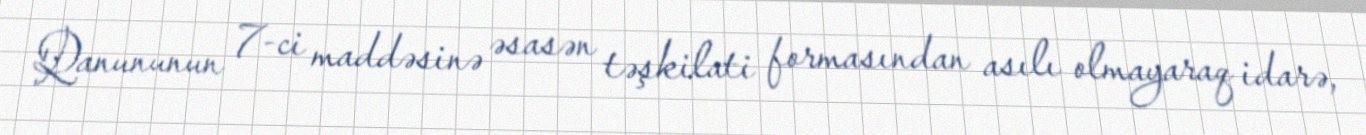
Qanununun 7-ci maddəsinə əsasən təşkilati formasından asılı olmayaraq idarə,